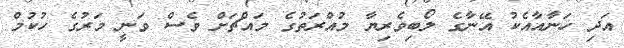
އަދި ހަނާއާއެކު އޭނާގެ ލޯބިވެރިޔާ މުއްރަތުގެ މައްޗަށް ވެސް ވަނީ މަރުގެ ހުކުމް